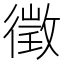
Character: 徵